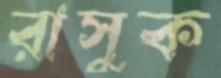
রাসুক